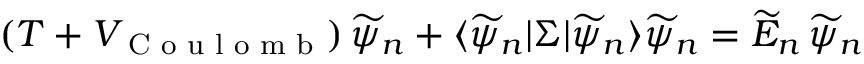
( T + V _ { \textrm { C o u l o m b } } ) \, \widetilde \psi _ { n } + \langle \widetilde \psi _ { n } | \Sigma | \widetilde \psi _ { n } \rangle \widetilde \psi _ { n } = \widetilde { E } _ { n } \, \widetilde \psi _ { n }